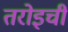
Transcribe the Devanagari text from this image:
तरोइची